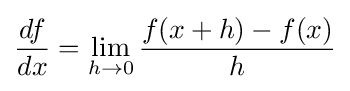
{\frac {df}{dx}}=\lim _{h\to 0}{\frac {f(x+h)-f(x)}{h}}